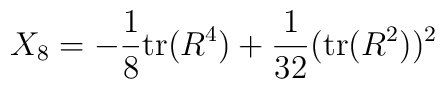
X_8 = -\frac{1}{8}\mbox{tr}(R^4) + \frac{1}{32} (\mbox{tr}(R^2))^2